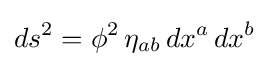
ds^{2}=\phi ^{2}\,\eta _{ab}\,dx^{a}\,dx^{b}